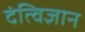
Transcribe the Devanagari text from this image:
दंत्विज्ञान